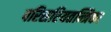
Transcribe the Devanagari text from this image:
परिसरियतन्त्रिका